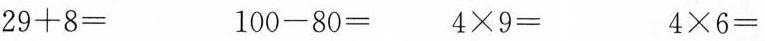
$$2 9+8=$$ $$1 0 0-8 0=$$ $$4\times9=$$ $$4\times6=$$